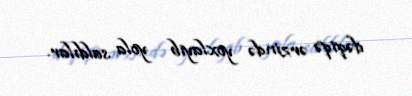
dəqiqə ərzində yoxlayıb yola saldılar.